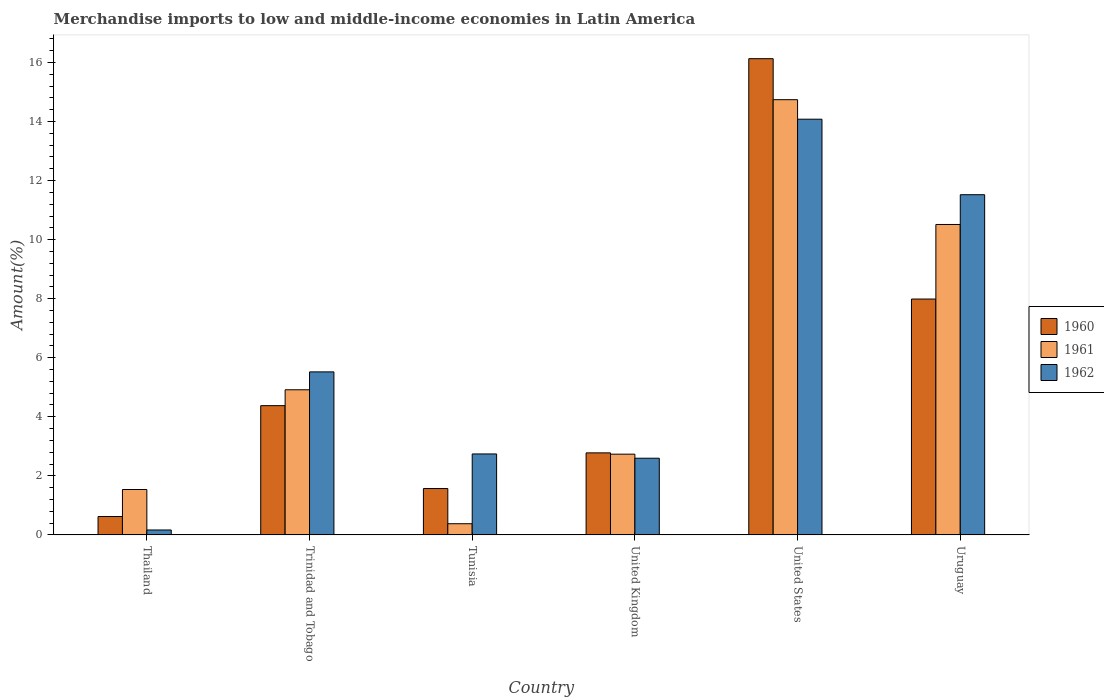
| Country | 1960 | 1961 | 1962 |
 | --- | --- | --- | --- |
 | Thailand | 0.622 | 1.54 | 0.167 |
 | Trinidad and Tobago | 4.38 | 4.92 | 5.52 |
 | Tunisia | 1.57 | 0.378 | 2.74 |
 | United Kingdom | 2.78 | 2.73 | 2.6 |
 | United States | 16.1 | 14.7 | 14.1 |
 | Uruguay | 7.99 | 10.5 | 11.5 |